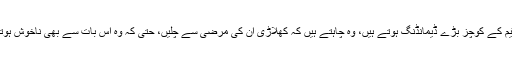
سیالکوٹ سے تعلق رکھنے والے 38 سال کے عبدالرحمان نے کہا کہ قومی ٹیم کے کوچز بڑے ڈیمانڈنگ ہوتے ہیں، وہ چاہتے ہیں کہ کھلاڑی ان کی مرضی سے چلیں، حتٰی کہ وہ اس بات سے بھی ناخوش ہوتے ہیں کہ جن کھلاڑیوں کو وہ پسند نہیں کرتے ان سے بات بھی نہ کی جائے۔